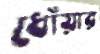
ধোঁয়ার